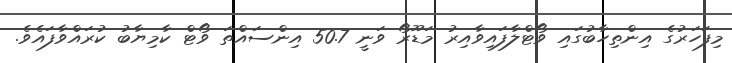
މިފަހަރުގެ އިންތިހާބުގައި ވޯޓްލާފައިވާއިރު މަޑޫރޯ ވަނީ 50.7 އިންސައްތަ ވޯޓް ކާމިޔާބު ކުރައްވާފައެވެ.